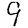
Digit: 9